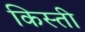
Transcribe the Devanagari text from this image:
किस्‍ती